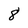
Character: 8